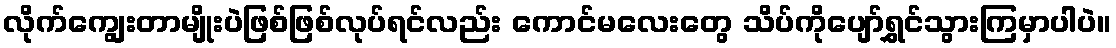
လိုက်ကျွေးတာမျိုးပဲဖြစ်ဖြစ်လုပ်ရင်လည်း ကောင်မလေးတွေ သိပ်ကိုပျော်ရွှင်သွားကြမှာပါပဲ။